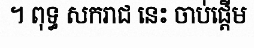
។ ពុទ្ធ សករាជ នេះ ចាប់ផ្តើម